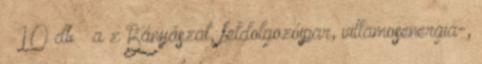
– 10 db – a z Bányászat, feldolgozóipar, villamosenergia-,